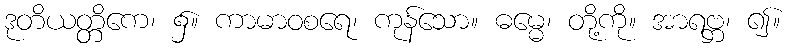
ဒုတိယတ္တိကေ၊ ၌။ ကာမာဝစရေ၊ ကုန်သော။ ဓမ္မေ၊ တို့ကို။ အာရဗ္ဘ၊ ၍။